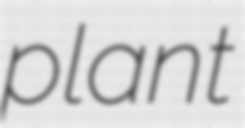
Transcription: plant